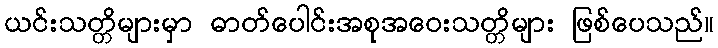
ယင်းသတ္တိများမှာ ဓာတ်ပေါင်းအစုအဝေးသတ္တိများ ဖြစ်ပေသည်။